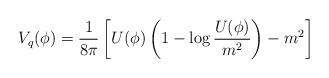
LaTeX: \begin{align*}V_q(\phi) = \frac{1}{8\pi} \left[ U(\phi) \left(1 - \log\frac{U(\phi)}{m^2}\right) - m^2\right]\end{align*}